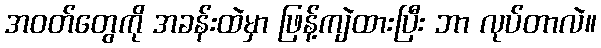
အဝတ်တွေကို အခန်းထဲမှာ ဖြန့်ကျဲထားပြီး ဘာ လုပ်တာလဲ။